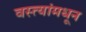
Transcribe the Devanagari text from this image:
वस्त्यांमधून